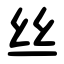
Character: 丝